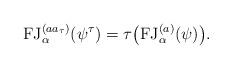
LaTeX: \begin{align*}\mathrm{FJ}_\alpha^{( a a_\tau )} ( \psi^\tau ) = \tau \big( \mathrm{FJ}_\alpha^{(a )} (\psi ) \big) .\end{align*}